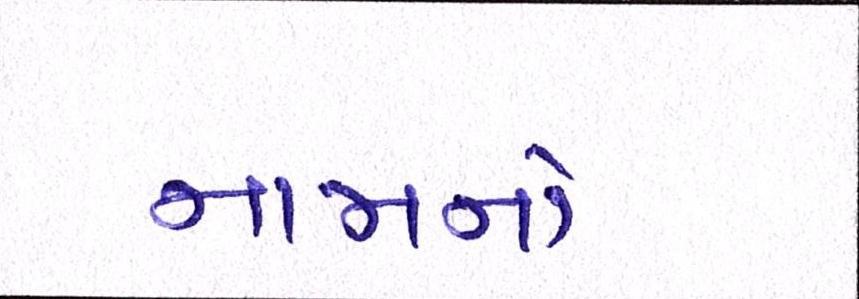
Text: નામનો